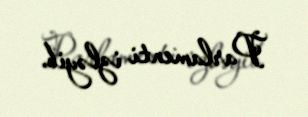
Parlamenti izləyib.